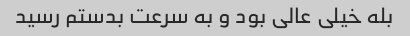
بله خیلی عالی بود و به سرعت بدستم رسید